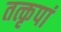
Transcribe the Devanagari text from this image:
तत्कृपां